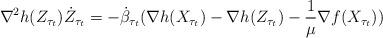
LaTeX: \begin{align*}\nabla^2 h(Z_{\tau_t})\dot Z_{\tau_t} = - \dot \beta_{\tau_t}(\nabla h(X_{\tau_t}) - \nabla h(Z_{\tau_t}) - \frac{1}{\mu}\nabla f(X_{\tau_t}))\end{align*}